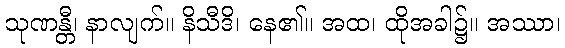
သုဏန္တီ၊ နာလျက်။ နိသီဒိ၊ နေ၏။ အထ၊ ထိုအခါ၌။ အဿာ၊